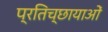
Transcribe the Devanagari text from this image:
प्रतिच्छायाओं